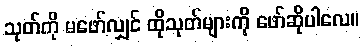
သုတ်ကို မဖော်လျှင် ထိုသုတ်များကို ဖော်ဆိုပါလေ။